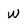
Character: w